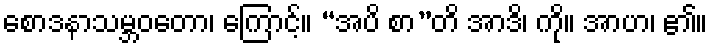
စောဒနာသမ္ဘဝတော၊ ကြောင့်။ “အပိ စာ”တိ အာဒိ၊ ကို။ အာဟ၊ ၏။